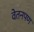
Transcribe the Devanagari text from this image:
वेतनपण